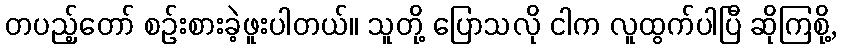
တပည့်တော် စဉ်းစားခဲ့ဖူးပါတယ်။ သူတို့ ပြောသလို ငါက လူထွက်ပါပြီ ဆိုကြစို့,